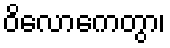
ဝိလောကေတွာ၊